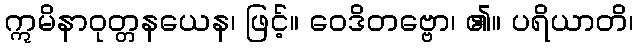
ဣမိနာဝုတ္တနယေန၊ ဖြင့်။ ဝေဒိတဗ္ဗော၊ ၏။ ပရိယာတိ၊